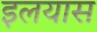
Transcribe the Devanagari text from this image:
इलयास